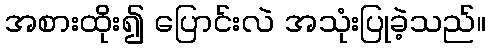
အစားထိုး၍ ပြောင်းလဲ အသုံးပြုခဲ့သည်။